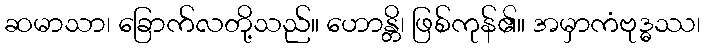
ဆမာသာ၊ ခြောက်လတို့သည်။ ဟောန္တိ၊ ဖြစ်ကုန်၏။ အမှာကံဗုဒ္ဓဿ၊